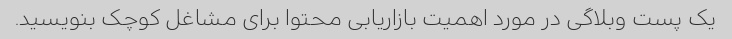
یک پست وبلاگی در مورد اهمیت بازاریابی محتوا برای مشاغل کوچک بنویسید.